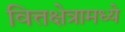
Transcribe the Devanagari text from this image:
वित्तक्षेत्रामध्ये